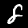
Label: 8